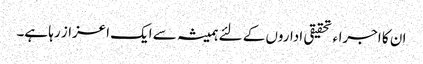
ان کا اجراء تحقیقی اداروں کے لئے ہمیشہ سے ایک اعزاز رہا ہے۔